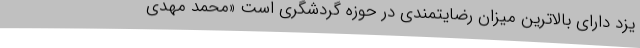
یزد دارای بالاترین میزان رضایتمندی در حوزه گردشگری است «محمد مهدی